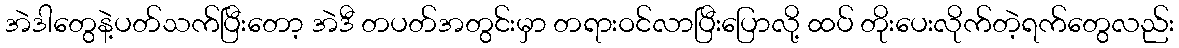
အဲဒါတွေနဲ့ပတ်သက်ပြီးတော့ အဲဒီ တပတ်အတွင်းမှာ တရားဝင်လာပြီးပြောလို့ ထပ် တိုးပေးလိုက်တဲ့ရက်တွေလည်း